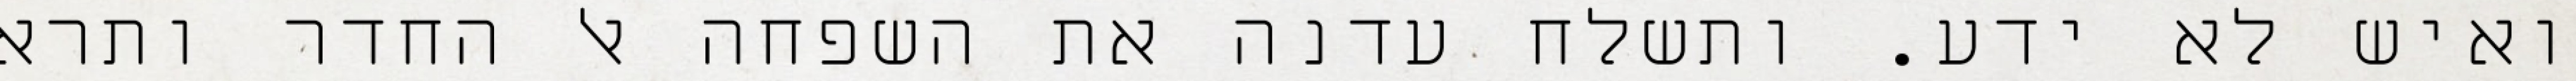
ואיש לא ידע. ותשלח עדנה את השפחה אל החדר ותרא